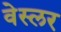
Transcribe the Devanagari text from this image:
वेस्लर